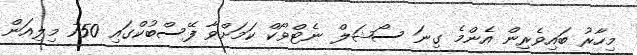
މިހާރު ބައިވެރިން އެންމެ ގިނަ ސޯޝަލް ނެޓްވޯކް ކަމަށްވާ ފޭސްބުކްގައި 750 މިލިއަން